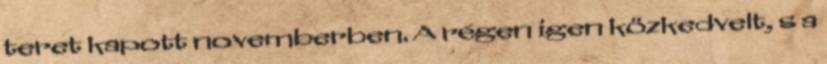
teret kapott novemberben. A régen igen közkedvelt, s a